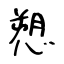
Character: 愬